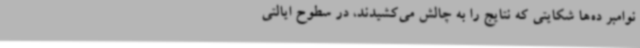
نوامبر ده‌ها شکایتی که نتایج را به چالش می‌کشیدند، در سطوح ایالتی